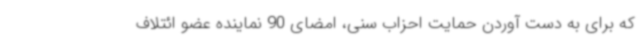
که برای به دست آوردن حمایت احزاب سنی، امضای 90 نماینده عضو ائتلاف